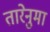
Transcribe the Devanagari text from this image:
तारेनुमा